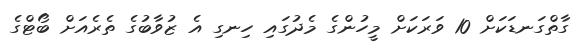
ގާތްގަނޑަކަށް 10 ވަރަކަށް މީހުންގެ މެދުގައި ހިނގި އެ ޒުވާބުގެ ތެރެއަށް ބޯޓްގެ